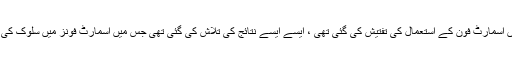
ہم نے دوسرے مطالعات کا تجزیہ کرنے کا فیصلہ کیا جن میں بچوں اور نوجوانوں میں اسمارٹ فون کے استعمال کی تفتیش کی گئی تھی ، ایسے ایسے نتائج کی تلاش کی گئی تھی جس میں اسمارٹ فونز میں سلوک کی لت کے واقعات کی اطلاع دی گئی تھی - اور یہ بچوں اور نوجوانوں میں کتنا عام تھا۔